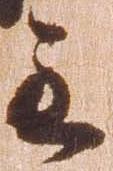
主